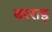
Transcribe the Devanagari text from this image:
बरराइ